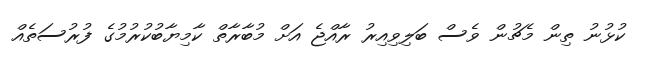
ކުޅުނު ތިން މެޗުން ވެސް ބަލިވިއިރު ރާއްޖެ އަށް މުބާރާތް ކާމިޔާބުކުރުމުގެ ފުރުސަތެއް